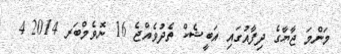
މަންމަ ޖާޔާގެ ދިފާއުގައި އަބީޝެކް ތެދުވެއްޖެ 16 ނޮވެމްބަރ 2014 4